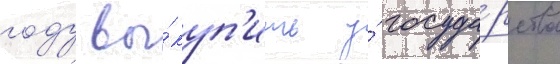
году вы́куп'ить у́ госуда́рства